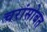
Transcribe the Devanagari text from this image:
चरांसोबत